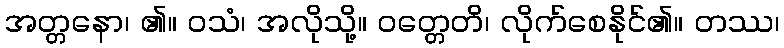
အတ္တနော၊ ၏။ ဝသံ၊ အလိုသို့။ ဝတ္တေတိ၊ လိုက်စေနိုင်၏။ တဿ၊